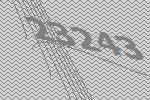
23243